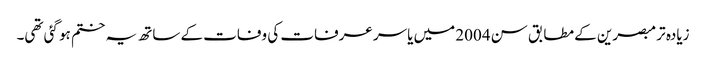
زیادہ تر مبصرین کے مطابق سن 2004 میں یاسر عرفات کی وفات کے ساتھ یہ ختم ہو گئی تھی۔